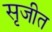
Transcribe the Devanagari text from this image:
सृजीत